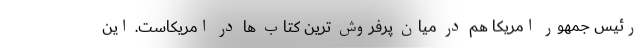
رئیس جمهور امریکا هم در میان پرفروش ترین کتاب ها در امریکاست. این